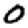
Digit: 0